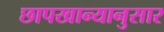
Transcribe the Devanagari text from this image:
छापखान्यानुसार